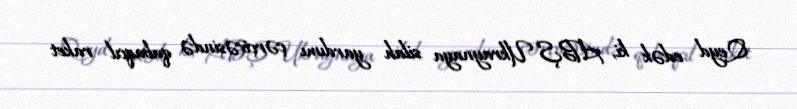
Qeyd edək ki, ABŞ Ukraynaya silah yardımı çərçivəsində qabaqcıl raket